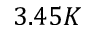
3 . 4 5 K